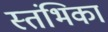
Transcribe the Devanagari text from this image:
स्तंभिका